Medical and sanitary report of the native army of Madras for the year
Year: 1877
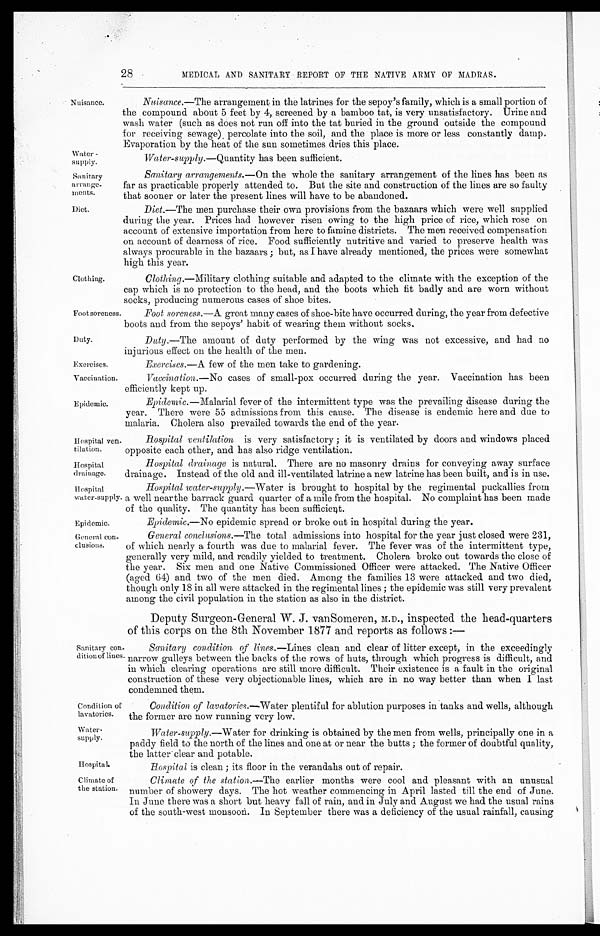
Water-supply.
Sanitary
arrange
- m e n t s .
Diet.
Foot sorenes.
Duty.
Exercises.
Vaccination.
Epidemic.
Hospital ven
-tilation.
Hospital
drainage.
Hospital
wa ter-supply.
Epidemic.
General con
-clusions.
Water
-supply.
Hospital.
Climate of
the station.
28
MEDICAL AND SANITARY REPORT OF THE NATIVE ARMY OF MADRAS.
Nuisance.
Clothing.
Naisance. —The arrangement in the latrines for the sepoy's family, which is a small portion of
the compound about 5 feet by 4, screened by a bamboo tat, is very unsatisfactory. Urine and
wash water (such as does not run off into the tat buried in the ground outside the compound
for receiving sewage) percolate into the soil, and the place is more or less constantly damp.
Evaporation by the heat of the sun sometimes dries this place.
Water-supply.—Quantity has been sufficient.
Sanitary arrangements. —On the whole the sanitary arrangement of the lines has been as
far as practicable properly attended to. But the site and construction of the lines are so faulty
that sooner or later the present lines will have to be abandoned.
Diet. —The men purchase their own provisions from the bazaars which were well supplied
during the year. Prices had however risen owing to the high price of rice, which rose on
account of extensive importation from here to famine districts. The men received compensation
on account of dearness of rice. Food sufficiently nutritive and varied to preserve health was
always procurable in the bazaars ; but, as I have already mentioned, the prices were somewhat
high this year.
Clothing.—Military clothing suitable and adapted to the climate with the exception of the
cap which is no protection to the head, and the boots which fit badly and are worn without
socks, producing numerous cases of shoe bites.
Foot soreness. —A great many cases of shoe-bite have occurred during, the year from defective
boots and from the sepoys' habit of wearing them without socks.
Duty. —The amount of duty performed by the wing was not excessive, and had no
injurious effect on the health of the men.
Exercises.—A few of the men take to gardening.
Vaccination. —No cases of small-pox occurred during the year. Vaccination has been
efficiently kept up.
Epidemic. —Malarial fever of the intermittent type was the prevailing disease during the
year. There were 55 admissions from this cause. The disease is endemic here and due to
malaria. Cholera also prevailed towards the end of the year.
Sanitary con
-dition of lines.
Condition of
lavatories.
Hospital ventilation is very satisfactory ; it is ventilated by doors and windows placed
apposite each other, and has also ridge ventilation.
Hospital drainage is natural. There are no masonry drains for conveying away surface
drainage. Instead of the old and ill-ventilated latrine a new latrine has been built, and is in use.
Hospital water-supply. —Water is brought to hospital by the regimental puckallies from
a well near the barrack guard quarter of a mile from the hospital. No complaint has been made
of the quality. The quantity has been sufficient.
Epidemic.—No epidemic spread or broke out in hospital during the year.
General conclusions. —The total admissions into hospital for the year just closed were 231,
of which nearly a fourth was due to malarial fever. The fever was of the intermittent type,
generally very mild, and readily yielded to treatment. Cholera broke out towards the close of
the year. Six men and one Native Commissioned Officer were attacked. The Native Officer
(aged 64) and two of the men died. Among the families 13 were attacked and two died,
though only 18 in all were attacked in the regimental lines ; the epidemic was still very prevalent
among the civil population in the station as also in the district.
Deputy Surgeon-General W. J. vanSomeren, M.D., inspected the head-quarters
of this corps on the 8th November 1877 and reports as follows :—
Sanitary condition of lines. —Lines clean and clear of litter except, in the exceedingly
narrow galleys between the backs of the rows of huts, through which progress is difficult, and
in which clearing operations are still more difficult. Their existence is a fault in the original
construction of these very objectionable lines, which are in no way better than when I last
condemned them.
Condition of lavatories. —Water plentiful for ablution purposes in tanks and wells, although
the former are now running very low.
Water-supply. —Water for drinking is obtained by the men from wells, principally one in a
paddy field to the north of the lines and one at or near the butts ; the former of doubtful quality,
the latter clear and potable.
Hospital is clean ; its floor in the verandahs out of repair.
Climate of the station. —The earlier months were cool and pleasant with an unusual
number of showery days. The hot weather commencing in April lasted till the end of June.
In June there was a short but heavy fall of rain, and in July and August we had the usual rains
of the south-west monsoon. In September there was a deficiency of the usual rainfall, causing